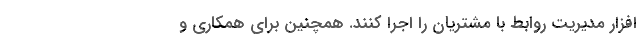
افزار مدیریت روابط با مشتریان را اجرا کنند. همچنین برای همکاری و